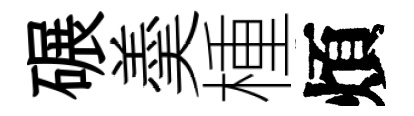
碾羮㮔煩